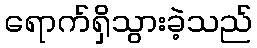
ရောက်ရှိသွားခဲ့သည်